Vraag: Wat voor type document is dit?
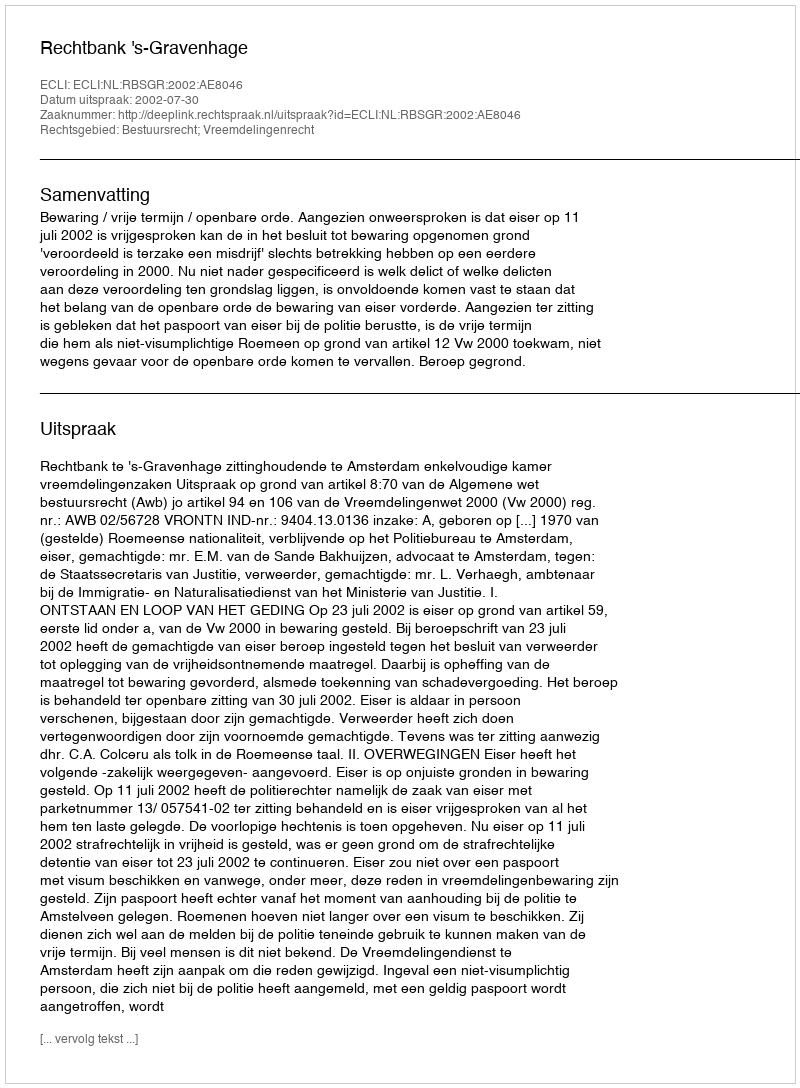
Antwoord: Uitspraak